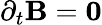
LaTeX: \partial_{t}\mathbf{B}=\mathbf{0}